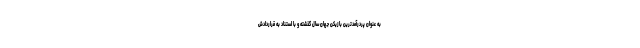
به عنوان پردرآمدترین بازیکن جهان سال گذشته و با استناد به قراردادش